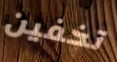
تخفين